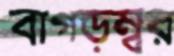
বাগড়ম্বর